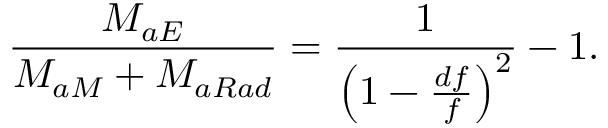
\frac { M _ { a E } } { M _ { a M } + M _ { a R a d } } = \frac { 1 } { \left( 1 - \frac { d f } { f } \right) ^ { 2 } } - 1 .